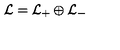
{ \cal L } = { \cal L } _ { + } \oplus { \cal L } _ { - }